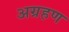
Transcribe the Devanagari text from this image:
अग्रहण